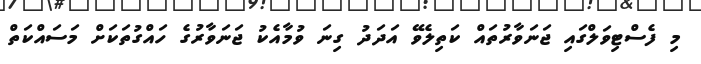
މި ފެސްޓިވަލްގައި ޖަނަވާރުތައް ކަތިލެވޭ އަދަދު ގިނަ ވުމާއެކު ޖަނަވާރުގެ ހައްގުތަކަށް މަސައްކަތް